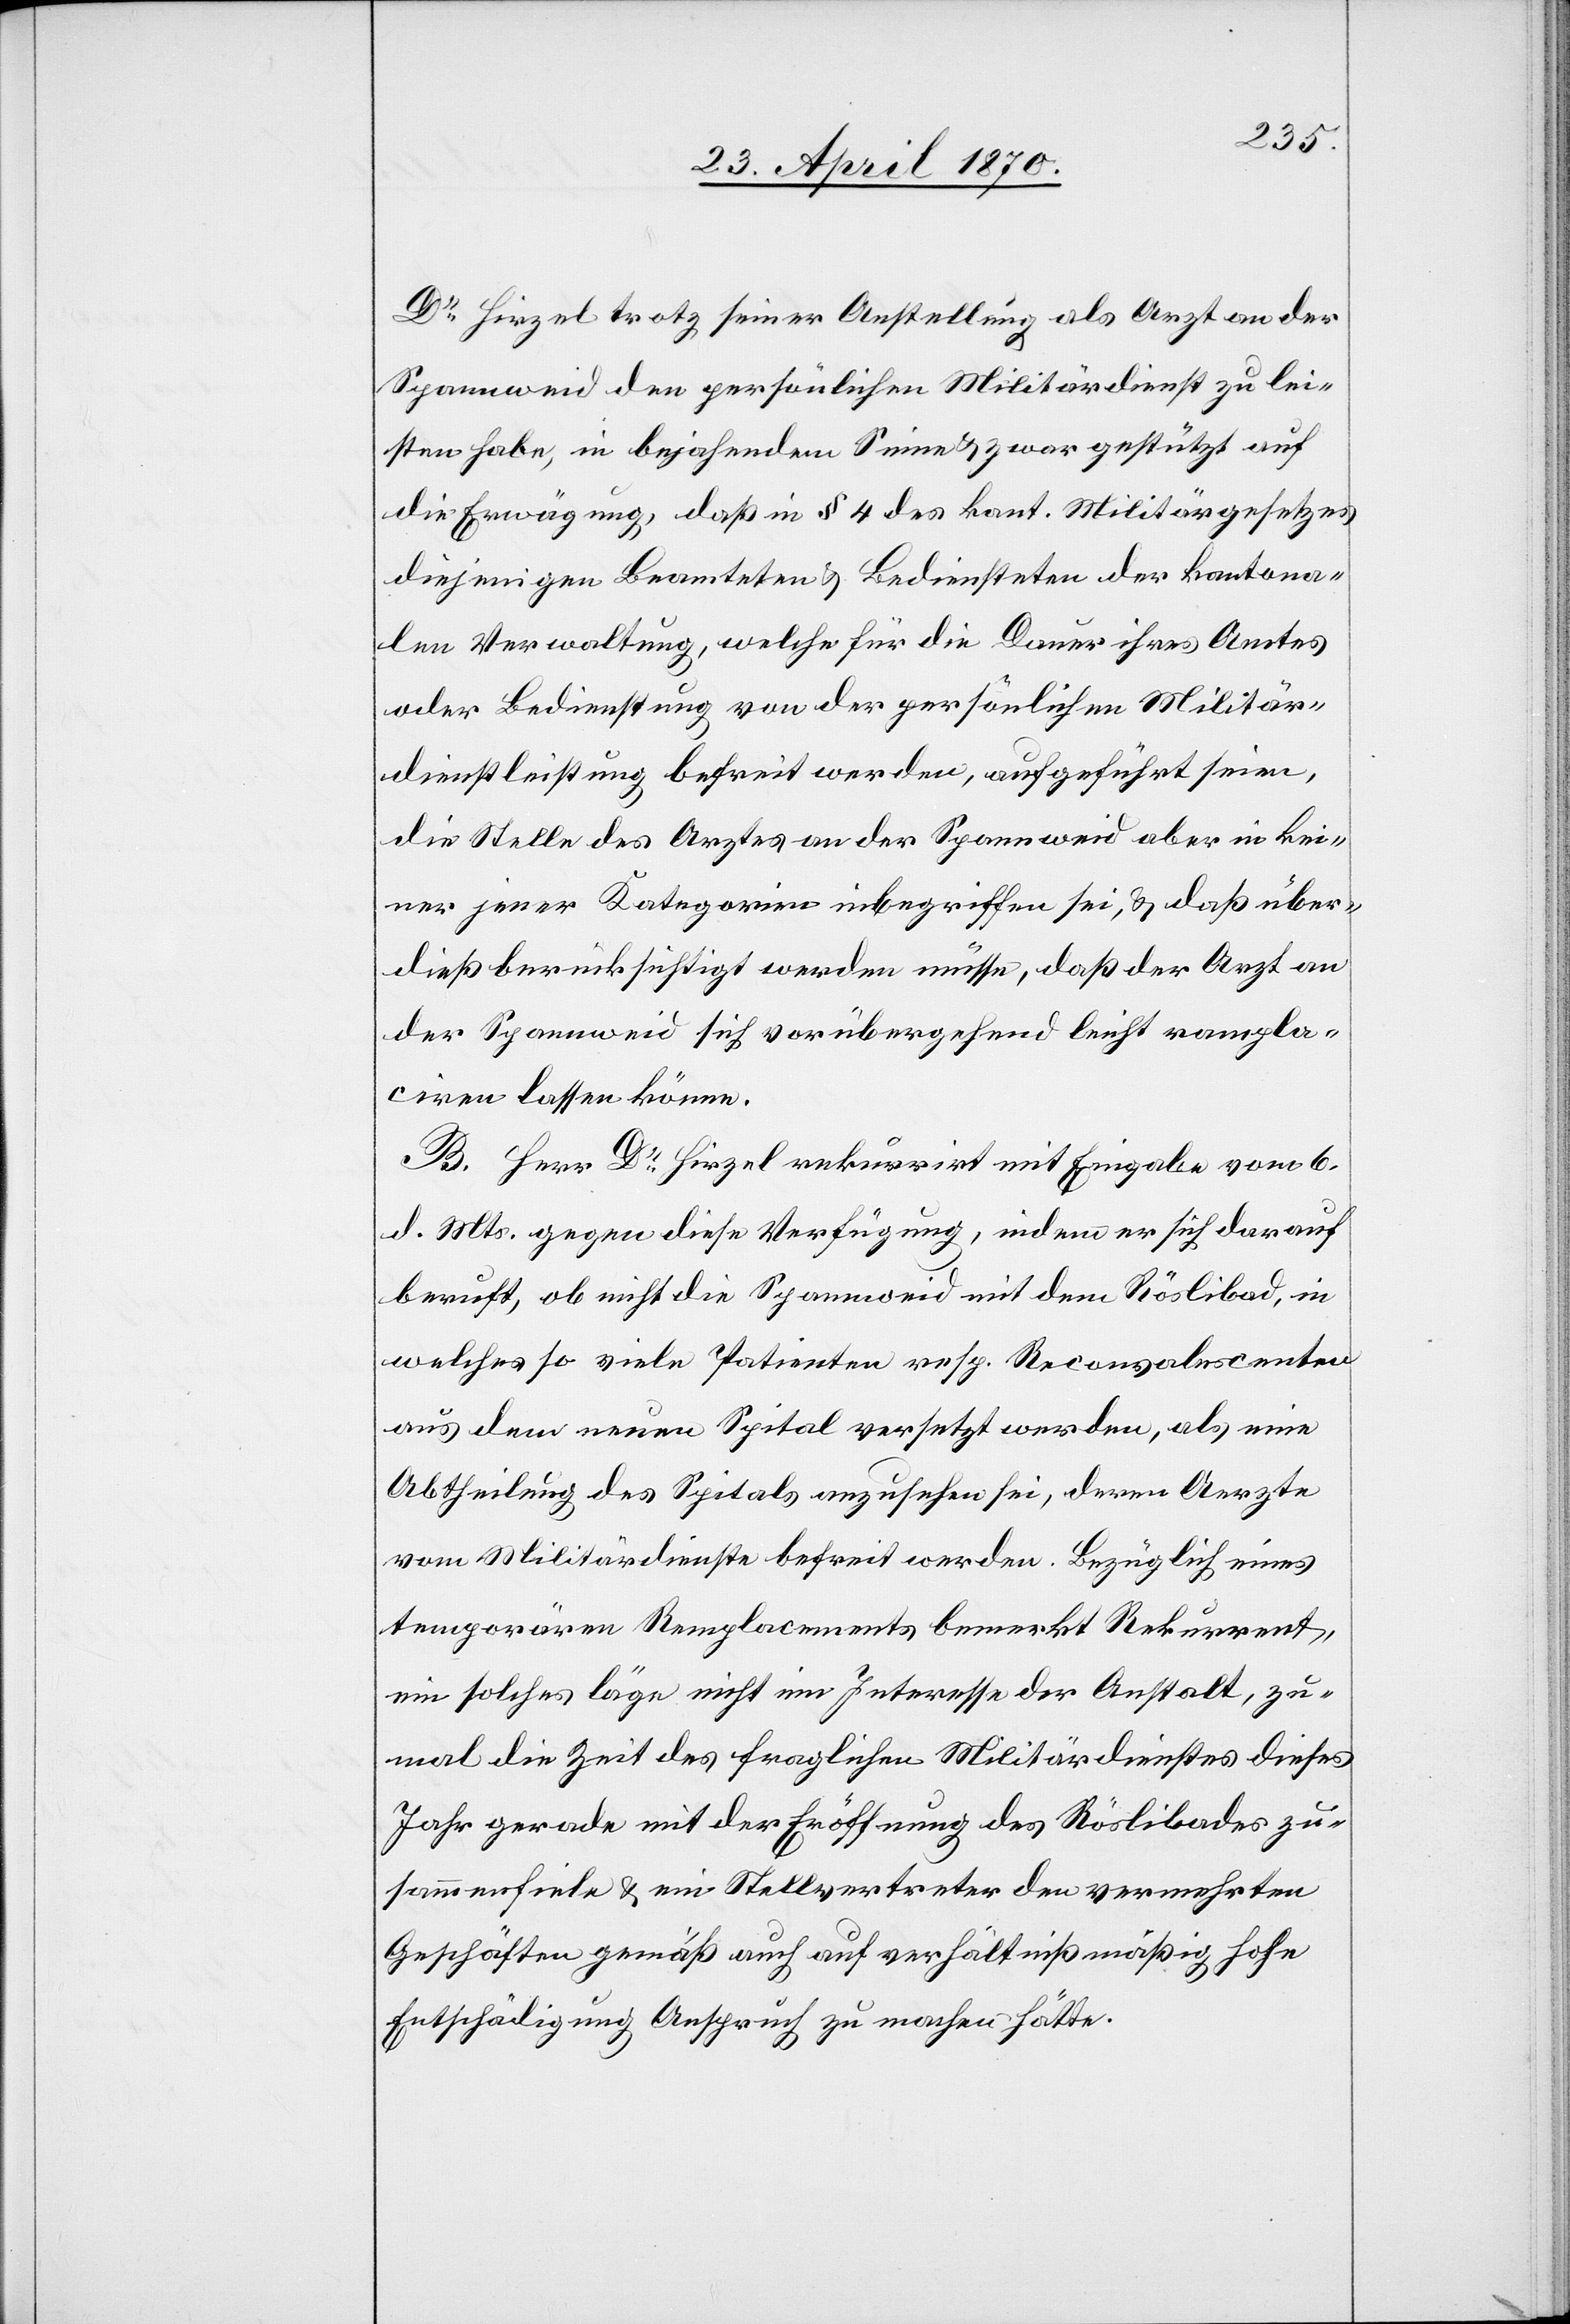
Dr Hirzel trotz seiner Anstellung als Arzt an der
Spannweid den persönlichen Militärdienst zu lei¬
sten habe, in bejahendem Sinne & zwar gestützt auf
die Erwägung, daß in § 4 des kant. Militärgesetzes
diejenigen Beamteten & Bediensteten der kantona¬
len Verwaltung, welche für die Dauer ihres Amtes
oder Bedienstung von der persönlichen Militär¬
dienstleistung befreit werden, aufgeführt seien,
die Stelle des Arztes an der Spannweid aber in kei¬
ner jener Kategorien inbegriffen sei, & daß über¬
dieß berücksichtigt werden müsse, daß der Arzt an
der Spannweid sich vorübergehend leicht rampla¬
ciren lassen könne.
B. Herr Dr Hirzel rekurrirt mit Eingabe vom 6.
d. Mts. gegen diese Verfügung, indem er sich darauf
beruft, ob nicht die Spannweid mit dem Röslibad, in
welches so viele Patienten resp. Reconvalescenten
aus dem neuen Spital versetzt werden, als eine
Abtheilung des Spitals anzusehen sei, deren Aerzte
vom Militärdienste befreit werden. Bezüglich eines
temporären Remplacements bemerkt Rekurrent,
ein solches läge nicht im Interesse der Anstalt, zu¬
mal die Zeit des fraglichen Militärdienstes dieses
Jahr gerade mit der Eröffnung des Röslibades zu¬
sammenfiele & ein Stellvertreter den vermehrten
Geschäften gemäß auch auf verhältnißmäßig hohe
Entschädigung Anspruch zu machen hätte.